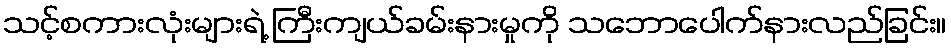
သင့်စကားလုံးများရဲ့ ကြီးကျယ်ခမ်းနားမှုကို သဘောပေါက်နားလည်ခြင်း။